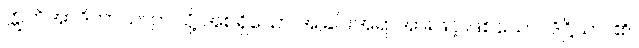
ဣတိအာဒိကာယ၊ ဤသို့ အစရှိသော အခြင်းအရာအားဖြင့် ဖြစ်သော။ ဒိဋ္ဌိယာ၊ ၏။